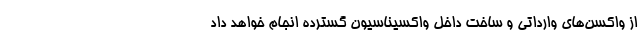
از واکسن‌های وارداتی و ساخت داخل واکسیناسیون گسترده انجام خواهد داد